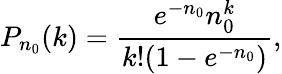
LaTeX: {P}_{n_{0}}(k)=\frac{e^{-n_{0}}n_{0}^{k}}{k!(1-e^{-n_{0}})},